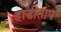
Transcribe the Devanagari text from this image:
हाडीताप